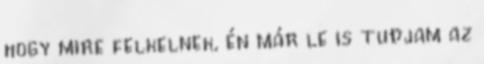
hogy mire felkelnek, én már le is tudjam az